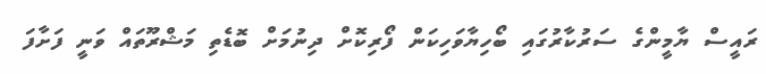
ރައީސް ޔާމީންގެ ސަރުކާރުގައި ބޯހިޔާވަހިކަން ފޯރިކޮށް ދިނުމަށް ބޮޑެތި މަޝްރޫތައް ވަނީ ފަށާފަ